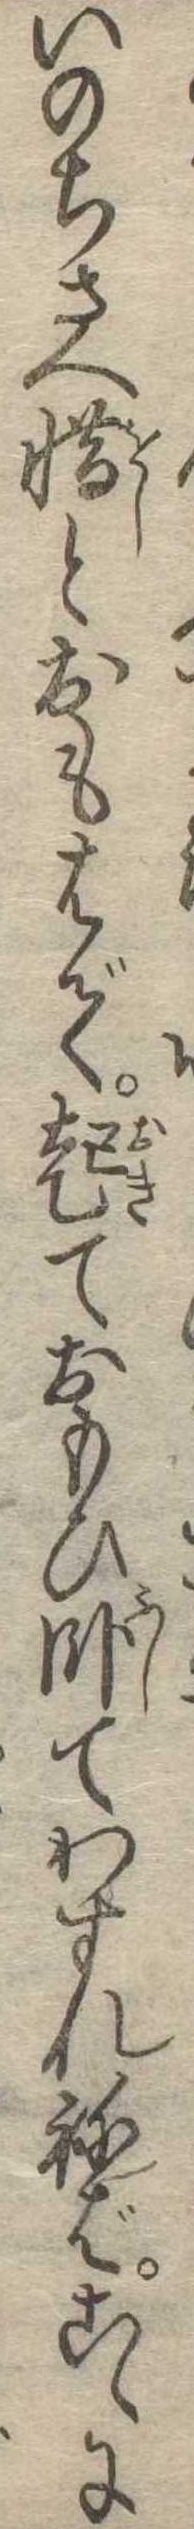
いのちさへ惜とおもはで起ておもひ臥てわすれねばこゝに